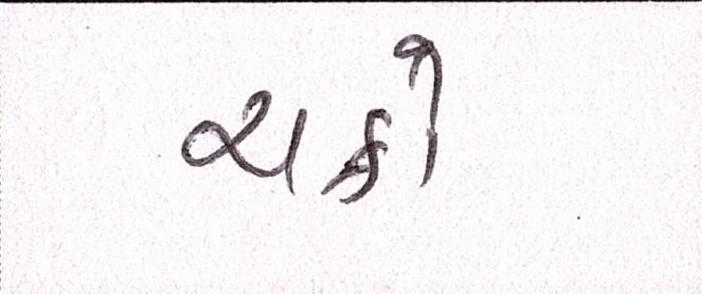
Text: ચક્રો